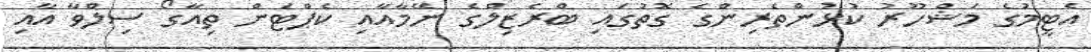
އެޓީމުގެ މަޝްހޫރު ކުޅުންތެރިންގެ ގޮތުގައި ބްރެޒިލްގެ ނޭމާއާއި ކެޕްޓަން ތިއާގޯ ސިލްވާ އާއި